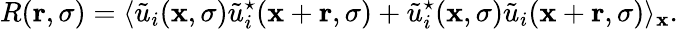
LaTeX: R({\mathbf r},\sigma)=\langle\tilde{u}_{i}({\mathbf x},\sigma)\tilde{u}_{i}^{\star}({\mathbf x}+{\mathbf r},\sigma)+\tilde{u}_{i}^{\star}({\mathbf x},\sigma)\tilde{u}_{i}({\mathbf x}+{\mathbf r},\sigma)\rangle_{\mathbf x}.